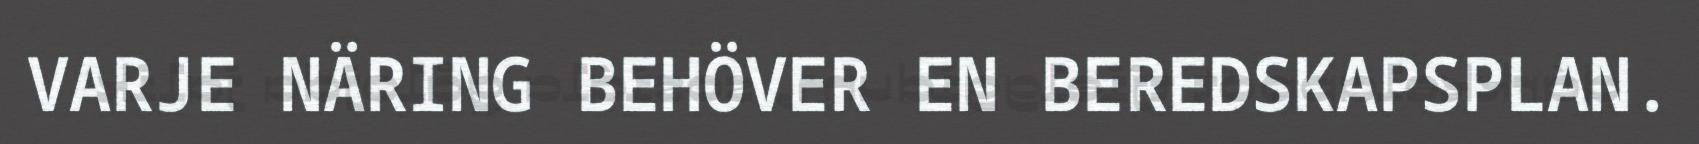
VARJE NÄRING BEHÖVER EN BEREDSKAPSPLAN.